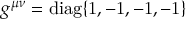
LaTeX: g ^ { \mu \nu } = \mathrm { { { d i a g } \{ 1 , - 1 , - 1 , - 1 \} } }